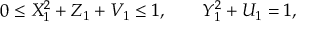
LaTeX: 0 \leq X _ { 1 } ^ { 2 } + Z _ { 1 } + V _ { 1 } \leq 1 , \qquad Y _ { 1 } ^ { 2 } + U _ { 1 } = 1 ,